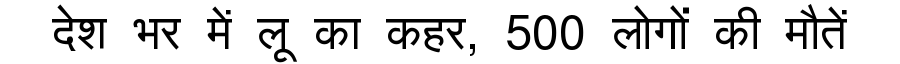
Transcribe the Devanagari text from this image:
देश भर में लू का कहर, 500 लोगों की मौतें